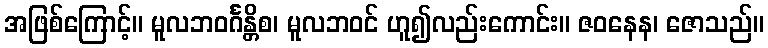
အဖြစ်ကြောင့်။ မူလဘဝင်္ဂန္တိစ၊ မူလဘဝင် ဟူ၍လည်းကောင်း။ ဇဝနေန၊ ဇောသည်။